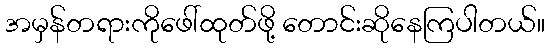
အမှန်တရားကိုဖေါ်ထုတ်ဖို့ တောင်းဆိုနေကြပါတယ်။